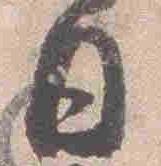
日